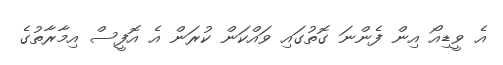
އެ ވީޑިއޯ އިން ފެންނަ ގޮތުގައި ވައްކަން ކުރަން އެ އޮފީސް އިމާރާތުގެ